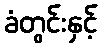
ခံတွင်းနှင့်